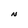
Character: N